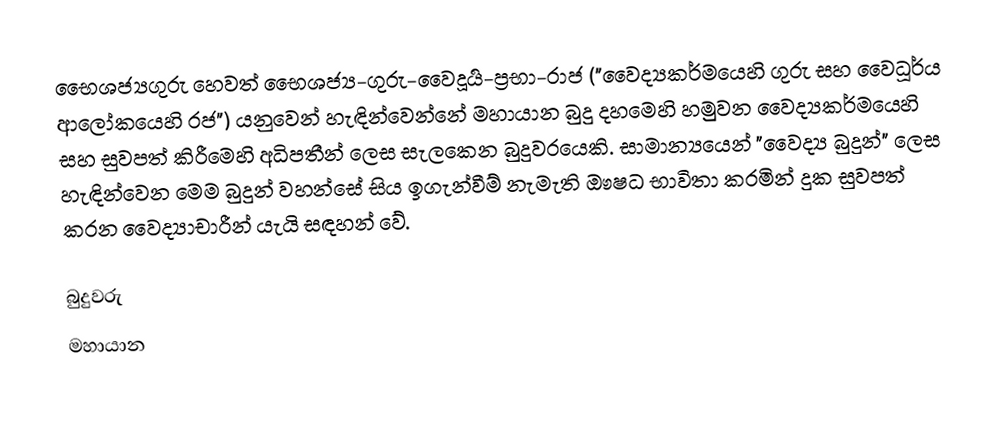
භෛශජ්‍යගුරු හෙවත් භෛශජ්‍ය-ගුරු-වෛදූර්‍ය-ප්‍රභා-රාජ ("වෛද්‍යකර්මයෙහි ගුරු සහ වෛධූර්ය ආලෝකයෙහි රජ") යනුවෙන් හැඳින්වෙන්නේ මහායාන බුදු දහමෙහි හමුවන වෛද්‍යකර්මයෙහි සහ සුවපත් කිරීමෙහි අධිපතීන් ලෙස සැලකෙන බුදුවරයෙකි. සාමාන්‍යයෙන් "වෛද්‍ය බුදුන්" ලෙස හැඳින්වෙන මෙම බුදුන් වහන්සේ සිය ඉගැන්වීම් නැමැති ඖෂධ භාවිතා කරමින් දුක සුවපත් කරන වෛද්‍යාචාරීන් යැයි සඳහන් වේ.

බුදුවරු
මහායාන